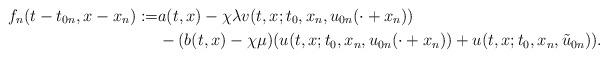
LaTeX: \begin{align*}f_{n}( t-t_{0n},x-x_{n}):= & a(t,x)-\chi\lambda v(t,x;t_{0},x_n,u_{0n}(\cdot+x_n)) \cr& -(b(t,x)-\chi\mu)(u(t,x;t_{0},x_n,u_{0n}(\cdot+x_n))+u(t,x;t_{0},x_n,\tilde u_{0n})).\end{align*}